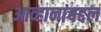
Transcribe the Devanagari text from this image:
आव्हानांबद्दल